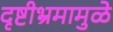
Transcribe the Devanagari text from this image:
दृष्टीभ्रमामुळे